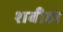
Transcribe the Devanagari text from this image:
शबीहा